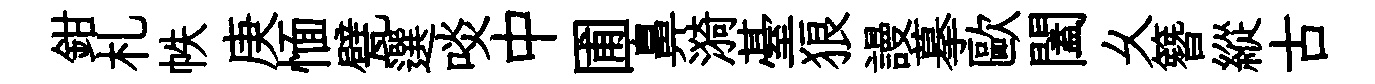
鉗札帙庚愐甓選啖中圃鼻漪䑓狼謾摹歐闔乆簪縱古